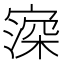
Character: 𡪜